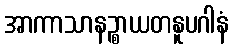
အာကာသာနဉ္စာယတနူပဂါနံ